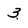
Character: 3